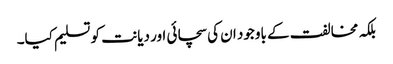
بلکہ مخالفت کے باوجود ان کی سچائی اور دیانت کو تسلیم کیا۔